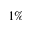
1 \%